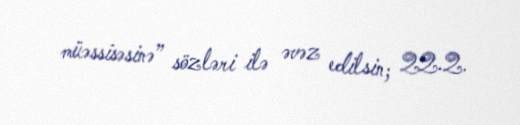
müəssisəsinə” sözləri ilə əvəz edilsin; 22.2.